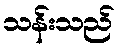
သန်းသည်